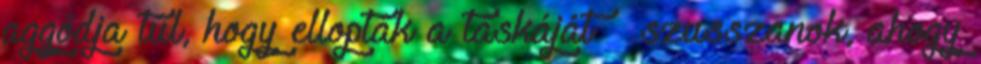
aggódja túl, hogy ellopták a táskáját – szusszanok, ahogy